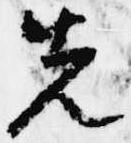
先